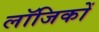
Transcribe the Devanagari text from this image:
लॉजिकों